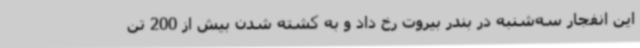
این انفجار سه‌شنبه در بندر بیروت رخ داد و به کشته شدن بیش از 200 تن